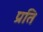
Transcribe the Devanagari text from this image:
प्रति